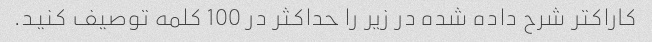
کاراکتر شرح داده شده در زیر را حداکثر در 100 کلمه توصیف کنید.